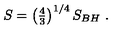
S = \left( { \textstyle { \frac { 4 } { 3 } } } \right) ^ { 1 / 4 } S _ { B H } \ .